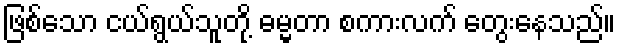
ဖြစ်သော ငယ်ရွယ်သူတို့ ဓမ္မတာ စကားလက် တွေးနေသည်။